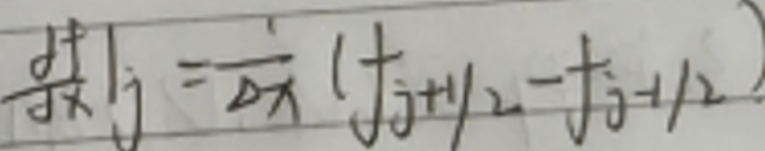
$\left.\frac{\mathrm{d} f}{\mathrm{~d} x}\right|_{j}=\frac{1}{\Delta x}\left(f_{j + 1/2}-f_{j - 1/2}\right)$